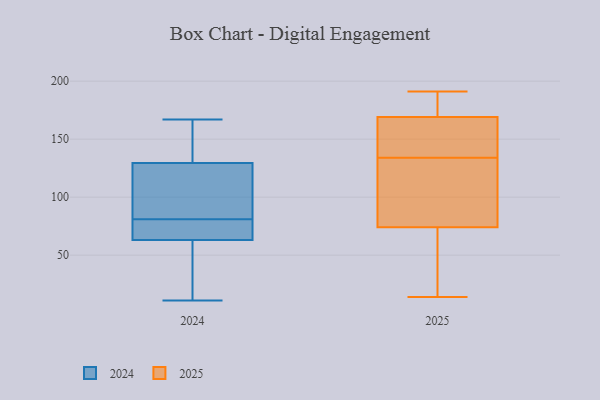
{"axis": {"x": "Operating Costs (USD K)", "y": "Value"}, "legend": ["2024", "2025"], "data": [{"x": "", "y": 49, "type": "2024"}, {"x": "", "y": 81, "type": "2024"}, {"x": "", "y": 85, "type": "2024"}, {"x": "", "y": 77, "type": "2024"}, {"x": "", "y": 81, "type": "2024"}, {"x": "", "y": 161, "type": "2024"}, {"x": "", "y": 167, "type": "2024"}, {"x": "", "y": 164, "type": "2024"}, {"x": "", "y": 98, "type": "2024"}, {"x": "", "y": 46, "type": "2024"}, {"x": "", "y": 77, "type": "2024"}, {"x": "", "y": 11, "type": "2024"}, {"x": "", "y": 58, "type": "2025"}, {"x": "", "y": 119, "type": "2025"}, {"x": "", "y": 188, "type": "2025"}, {"x": "", "y": 143, "type": "2025"}, {"x": "", "y": 74, "type": "2025"}, {"x": "", "y": 14, "type": "2025"}, {"x": "", "y": 146, "type": "2025"}, {"x": "", "y": 191, "type": "2025"}, {"x": "", "y": 169, "type": "2025"}, {"x": "", "y": 164, "type": "2025"}, {"x": "", "y": 43, "type": "2025"}, {"x": "", "y": 94, "type": "2025"}, {"x": "", "y": 191, "type": "2025"}, {"x": "", "y": 125, "type": "2025"}]}